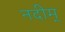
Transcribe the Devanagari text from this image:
नदीम्